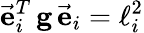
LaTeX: \vec{\mathbf e}_{i}^{T}\, {\mathbf g}\, \vec{\mathbf e}_{i}=\ell_{i}^{2}